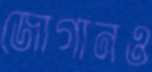
জোগানও